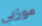
موزبي